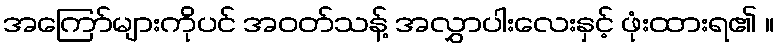
အကြော်များကိုပင် အဝတ်သန့် အလွှာပါးလေးနှင့် ဖုံးထားရ၏ ။